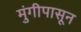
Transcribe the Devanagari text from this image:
मुंगीपासून